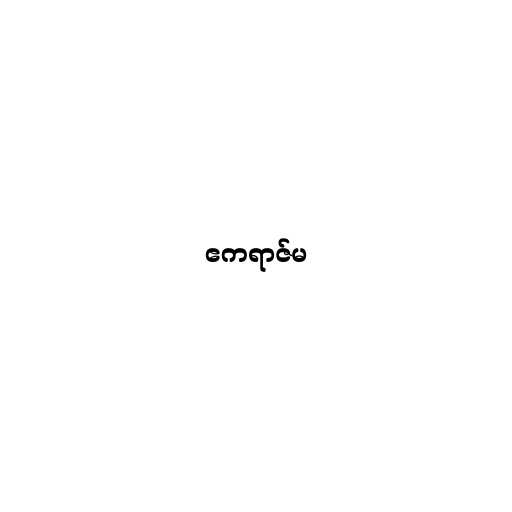
ဧကရာဇ်မ